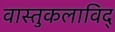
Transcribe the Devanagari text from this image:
वास्तुकलाविद्